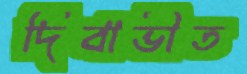
দিবাভীত